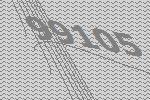
99105